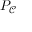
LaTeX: P _ { \mathcal { C } }